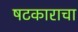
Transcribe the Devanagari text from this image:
षटकाराचा